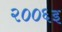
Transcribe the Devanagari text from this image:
२००६इ